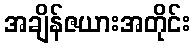
အချိန်ဇယားအတိုင်း